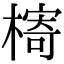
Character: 槣